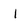
Character: 1